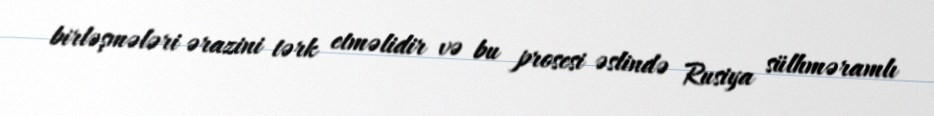
birləşmələri ərazini tərk etməlidir və bu prosesi əslində Rusiya sülhməramlı